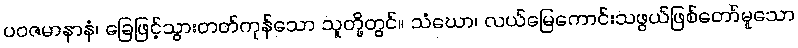
ပဝဇမာနာနံ၊ ခြေဖြင့်သွားတတ်ကုန်သော သူတို့တွင်။ သံဃော၊ လယ်မြေကောင်းသဖွယ်ဖြစ်တော်မူသော